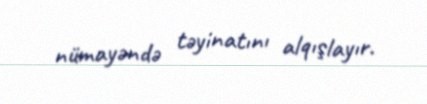
nümayəndə təyinatını alqışlayır.